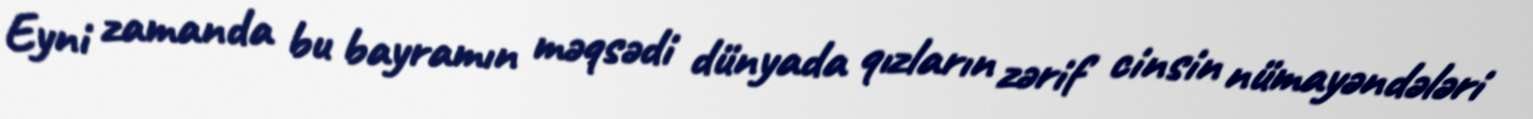
Eyni zamanda bu bayramın məqsədi dünyada qızların zərif cinsin nümayəndələri